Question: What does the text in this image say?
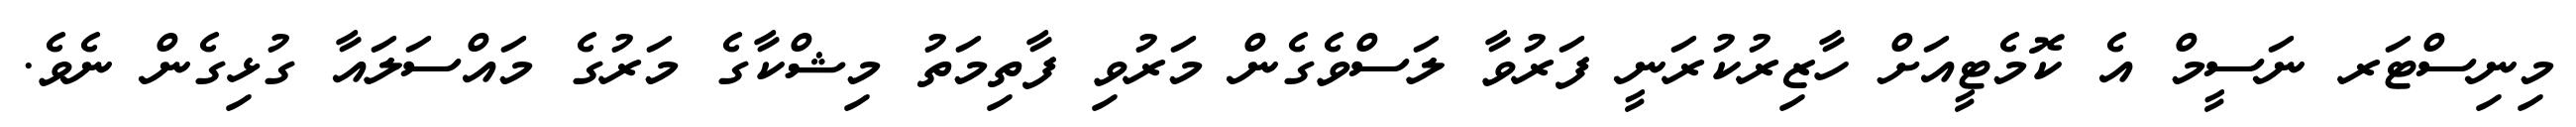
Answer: މިނިސްޓަރ ނަސީމް އެ ކޮމެޓީއަށް ހާޒިރުކުރަނީ ފަރުވާ ލަސްވެގެން މަރުވި ފާތިމަތު މިޝްކާގެ މަރުގެ މައްސަލައާ ގުޅިގެން ނެވެ.